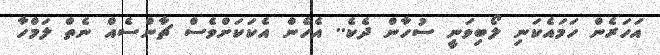
އަހަރެން ހަމައެކަނި ލޯބިވަނީ ސުހާން ދެކެ.. އެހެން އެކަކަށްވެސް ޗާންސެއް ނެތް ލަމްހާ